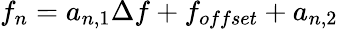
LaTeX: f_{n}=a_{n,1}\Delta f+f_{offset}+a_{n,2}